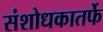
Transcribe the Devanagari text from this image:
संशोधकातर्फे